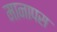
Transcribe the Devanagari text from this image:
मानापस